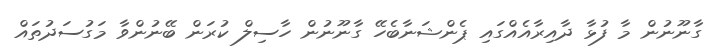
ގާނޫނުން މާ ފުޅާ ދާއިރާއެއްގައި ޕެންޝަނާބެހޭ ގާނޫނުން ހާސިލް ކުރަން ބޭނުންވާ މަގުސަދުތައް